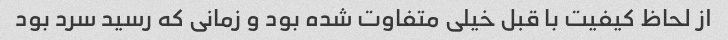
از لحاظ کیفیت با قبل خیلی متفاوت شده بود و زمانی که رسید سرد بود